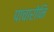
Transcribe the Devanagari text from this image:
पाचारोनि